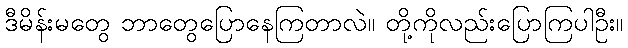
ဒီမိန်းမတွေ ဘာတွေပြောနေကြတာလဲ။ တို့ကိုလည်းပြောကြပါဦး။